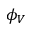
\phi _ { V }